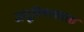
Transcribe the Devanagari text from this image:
जंतूविषरक्तता